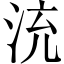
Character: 㳘